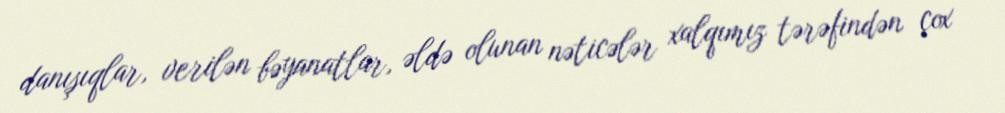
danışıqlar, verilən bəyanatlar, əldə olunan nəticələr xalqımız tərəfindən çox